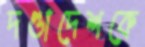
দণ্ডাদেশকে